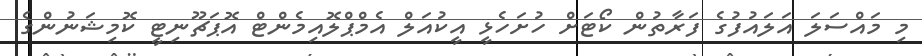
މި މައްސަލަ އަލައުފުގެ ފަރާތުން ކޯޓަށް ހުށަހެޅީ އީކުއަލް އެމްޕްލޮއިމެންޓް އޮޕަޗޫނިޓީ ކޮމިޝަނުންގެ